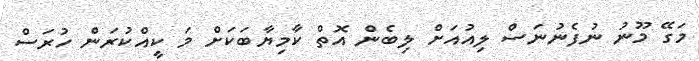
މަގޭ މޫނު ނުފެނުނަސް ލިއުއަށް ލިބެން އޮތް ކާމިޔާބަކަށް މަ ކީއްކުރަން ހުރަސް